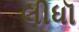
લીધૉ